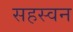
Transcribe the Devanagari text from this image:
सहस्वन